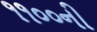
૧૧૦૦ની